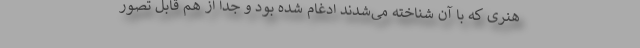
هنری که با آن شناخته می‌شدند ادغام شده بود و جدا از هم قابل تصور